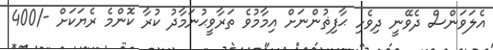
އެލަވަންސް ދެވޭނީ ދިވެހި ޙާފިޡުންނަށް އިމާމުވެ ތަރާވީޙުނަމާދު ކުރާ ކޮންމެ ރެޔަކަށް -/400